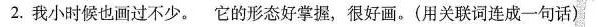
2.我小时候也画过不少。它的形态好掌握，很好画。(用关联词连成一句话)